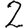
Digit: 2